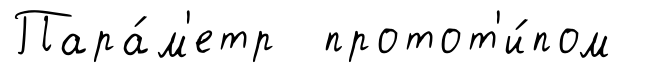
Пара́м'етр протот'и́пом